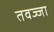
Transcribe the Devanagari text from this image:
तवज्जा